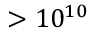
> 1 0 ^ { 1 0 }